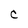
Character: C